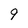
Character: 9